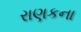
રાણકના